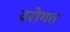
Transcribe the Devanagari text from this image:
उरोगत